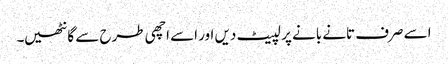
اسے صرف تانے بانے پر لپیٹ دیں اور اسے اچھی طرح سے گانٹھیں۔